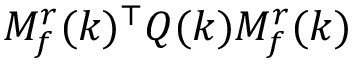
M _ { f } ^ { r } ( k ) ^ { \top } Q ( k ) M _ { f } ^ { r } ( k )